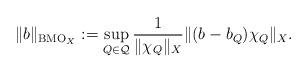
LaTeX: \begin{align*}\| b \|_{{\rm BMO}_X}:=\sup_{Q\in\mathcal{Q}} \frac{1}{\| \chi_Q \|_X} \| (b-b_Q)\chi_Q \|_X .\end{align*}